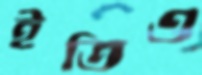
ইতিও